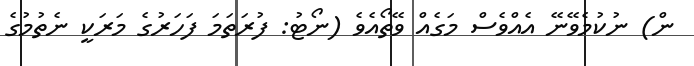
ން) ނުކުމެވޭނޭ އެއްވެސް މަގެއް ވޭތޯއެވެ (ނޯޓު: ފުރަތަމަ ފަހަރުގެ މަރަކީ ނެތުމުގެ